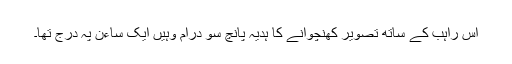
اس راہب کے ساتھ تصویر کھنچوانے کا ہدیہ پانچ سو درام وہیں ایک ساءن پہ درج تھا۔